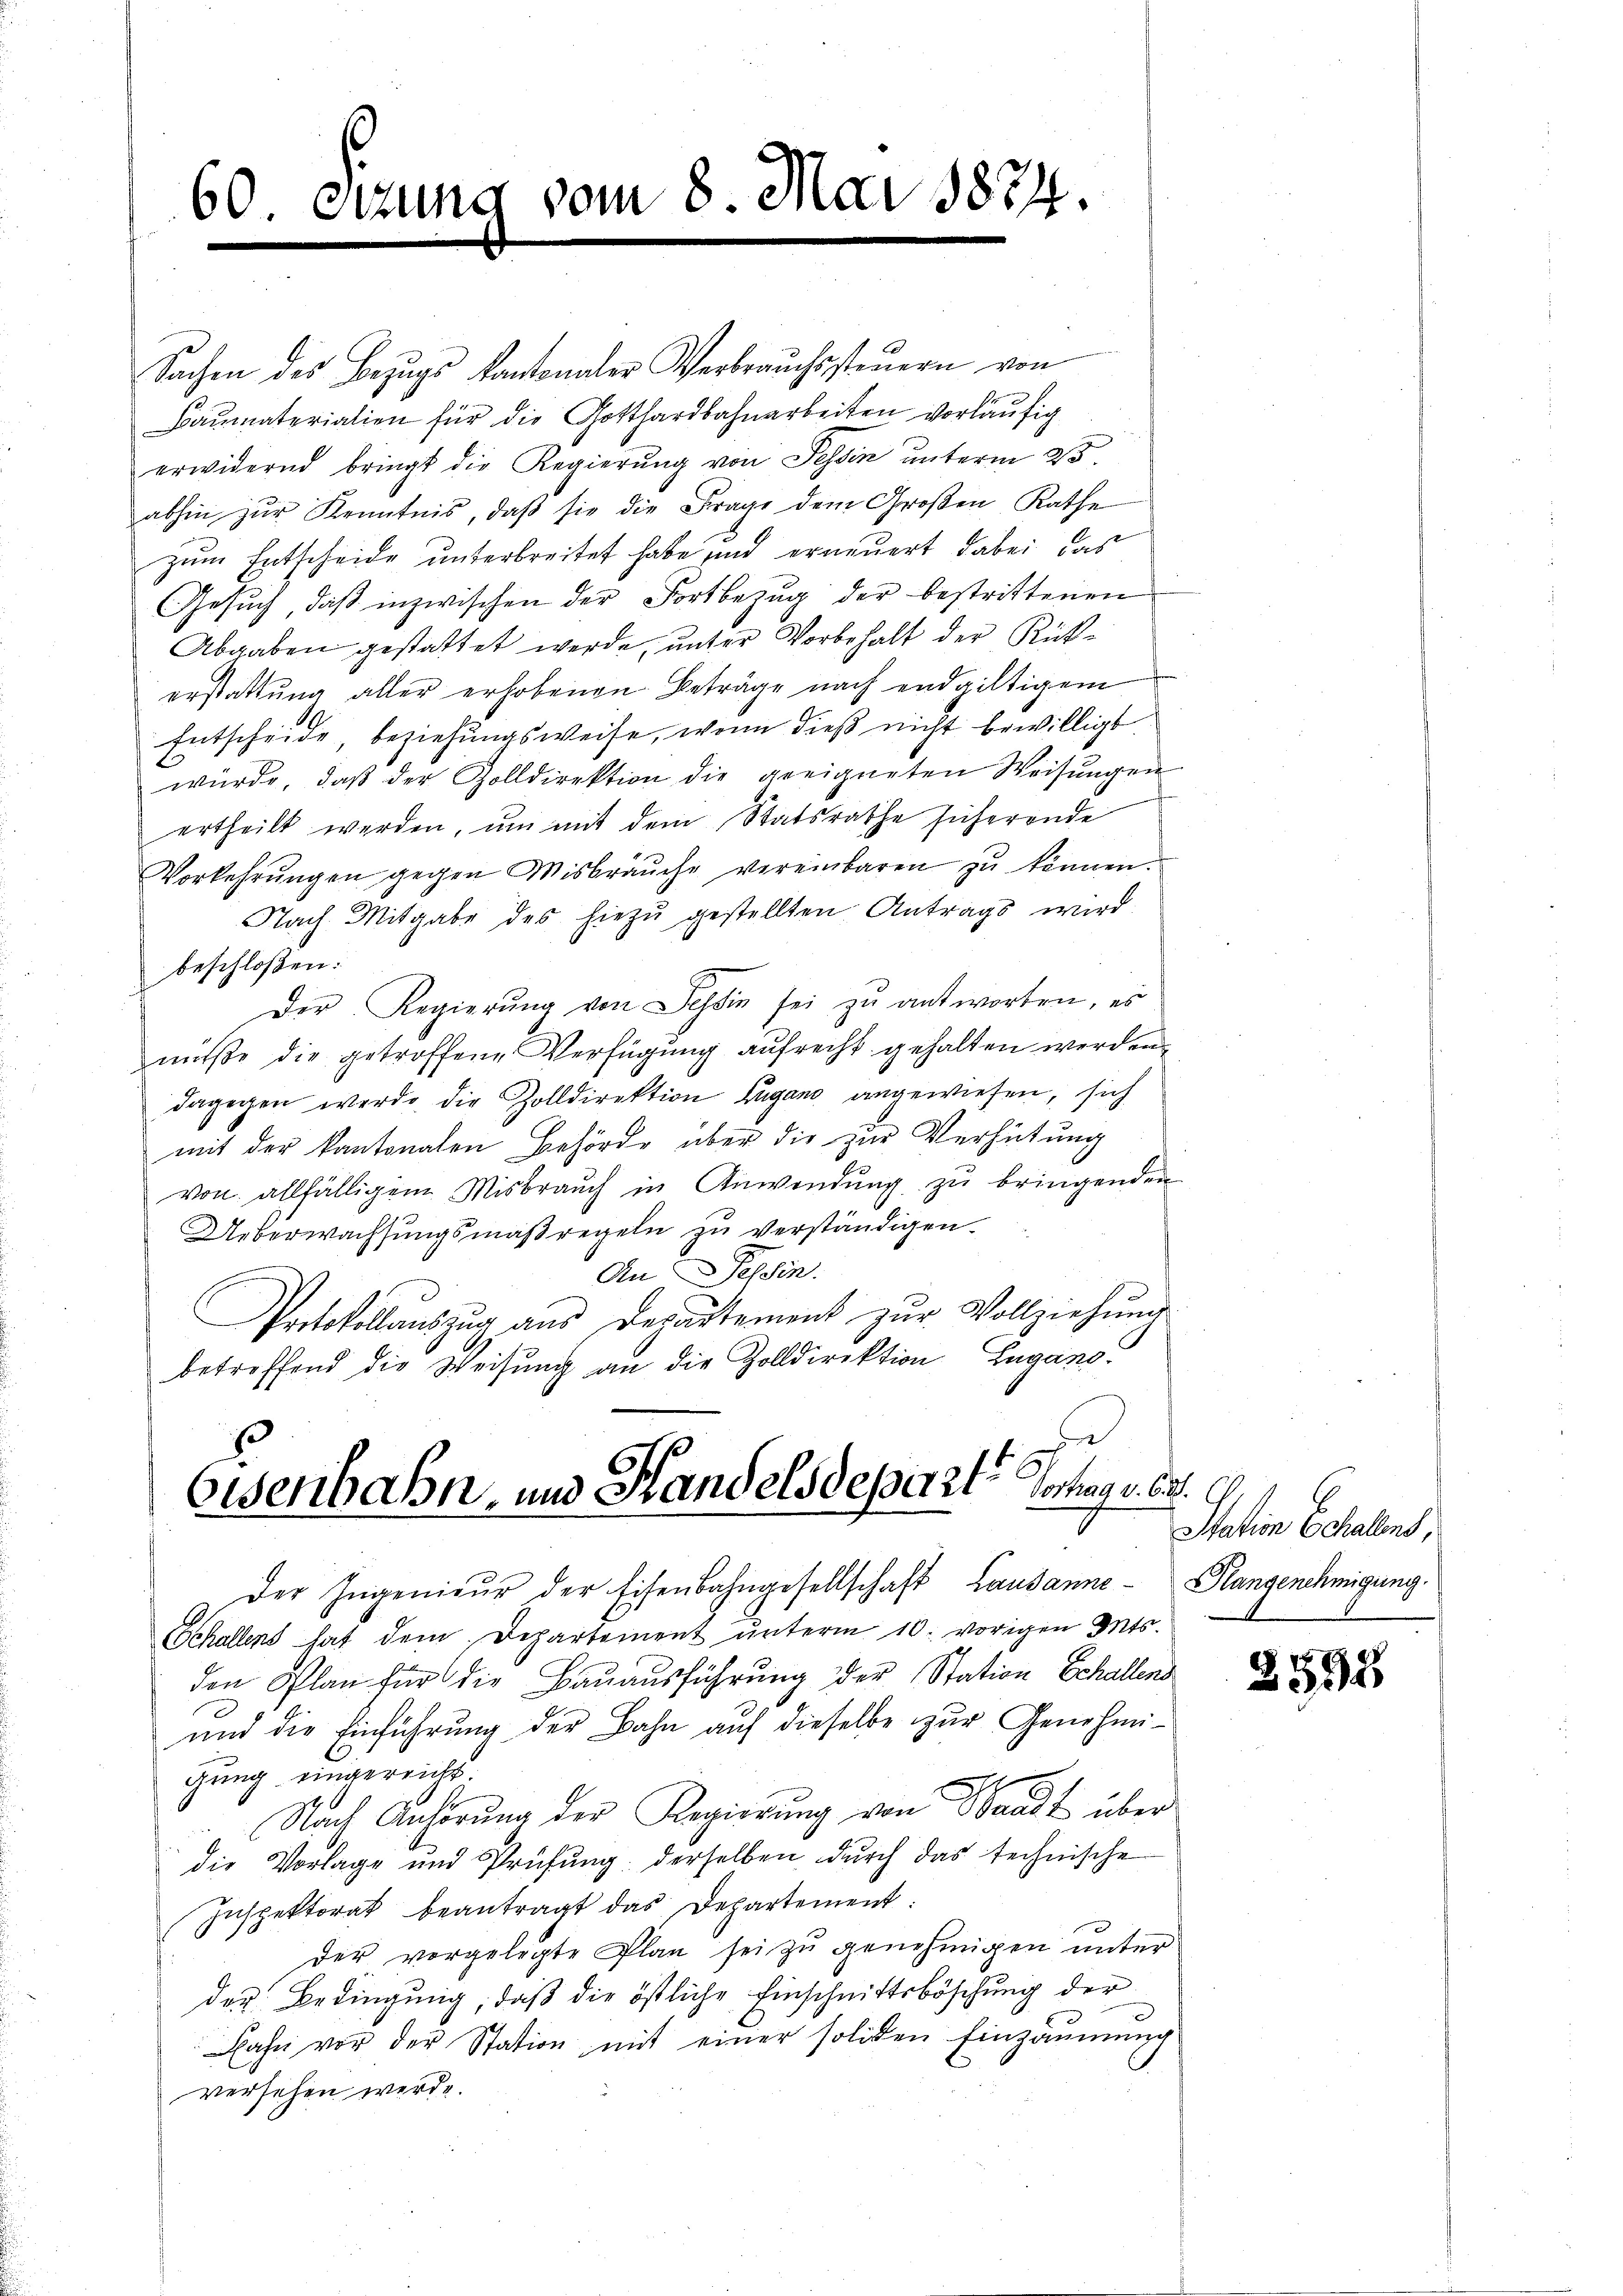
60. etzung vom 8. Mai 1874.

Sachen des Bezŭgs kantonaler Verbraŭchssteŭern von
Baŭmaterialien für die Gotthardbahnarbeiten vorläŭfig
erwidernd bringt die Regierŭng von Tessin unterm 25.
abhin zŭr Kenntnis, daβ sie die Frage dem Großen Rathe
zum Entscheide unterbreitet habe und erneuert dabei, das
Gesŭch, daβ inzwischen der Fortbezŭg der bestrittenen
Abgaben gestattet werde, unter Vorbehalt der Rückerstattŭng aller erhobenen Beträge nach endgültigem
Entscheide, beziehungsweise, wenn dieß nicht bewilligt
würde, daβ der Zolldirektion die geeigneten Weisŭngen
ertheilt werden, ŭm mit dem Statsrathe sicherende
Vorkehrŭngen gegen Misbräuche vereinbaren zŭ können.
Nach Mitgabe des hiezŭ gestellten Antrags wird
beschloßen:
Der Regierŭng von Tessin sei zu antworten, es
nüsse die getroffene Verfügung aufrecht gehalten werden.
dagegen werde die Zolldirektion Lugano angewiesen, sich
mit der kantonalen Behörde über die zur Verhütung
von allfälligem Misbraŭch in Anwendŭng zŭ bringenden
Ueberwachsungsmaßregeln zu verständigen.
An Tessin.
Protokollauszug aus Departement zur Vollziehung
betreffend die Weisung an die Zolldirektion Zugano.

bisenbahn, und Handelsdeparte Hochag v. 6.

Station Echalens,

Der Ingenieŭr der Eisenbahngesellschaft Lausanne Plangenehmigung.
Schallens hat dem Departement unterm 10. vorigen Mts.
den Plan für die Bauausführung der Station Schallens
und die Einführung der Bahn auf dieselbe zur Genehmigung eingereicht.
Nach Anhörung der Regierung von Waadt über
die Vorlage und Prüfŭng derselben dŭrch das technische
Inspektorat beantragt das Departement:
der vorgelegte Plan sei zu genehmigen unter
der Bedingung, daß die östliche Einschnittsböschung der
Nahe vor der Station mit einer soliden Einzäumung
versehen werde.

2592